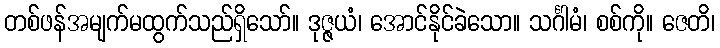
တစ်ဖန်အမျက်မထွက်သည်ရှိသော်။ ဒုဇ္ဇယံ၊ အောင်နိုင်ခဲသော။ သင်္ဂါမံ၊ စစ်ကို။ ဇေတိ၊